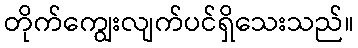
တိုက်ကျွေးလျက်ပင်ရှိသေးသည်။